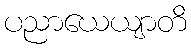
ပညာယေယျာတိ